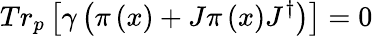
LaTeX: Tr_{p}\left[\gamma\left(\pi\left(x\right)+J\pi\left(x\right)J^{\dagger}\right)\right]=0